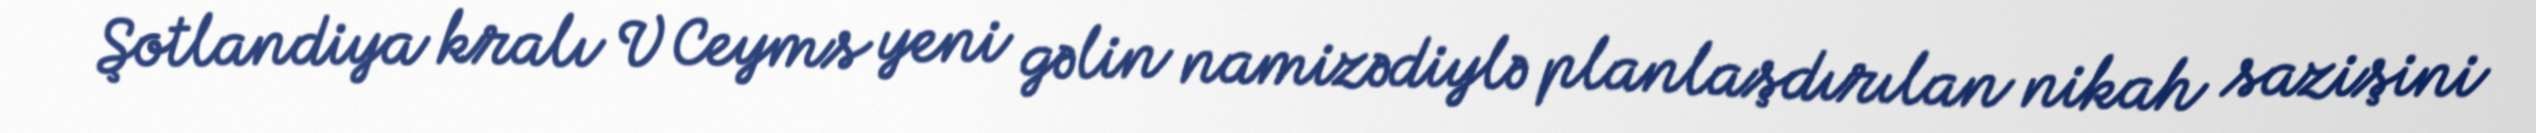
Şotlandiya kralı V Ceyms yeni gəlin namizədiylə planlaşdırılan nikah sazişini